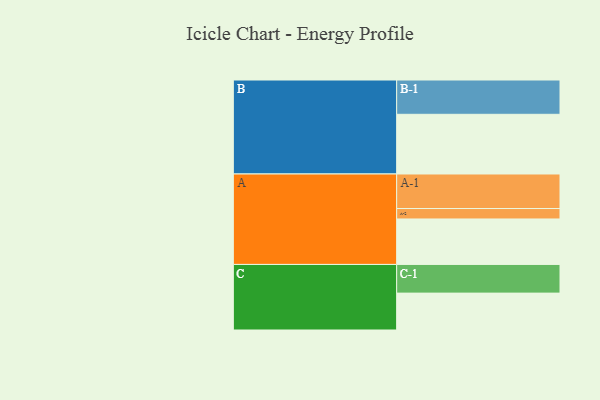
{"axis": {"x": "Segment", "y": "Value"}, "legend": ["", "A", "B", "C"], "data": [{"x": "A", "y": 387, "type": ""}, {"x": "B", "y": 508, "type": ""}, {"x": "C", "y": 314, "type": ""}, {"x": "A-1", "y": 294, "type": "A"}, {"x": "A-2", "y": 89, "type": "A"}, {"x": "B-1", "y": 292, "type": "B"}, {"x": "C-1", "y": 244, "type": "C"}]}